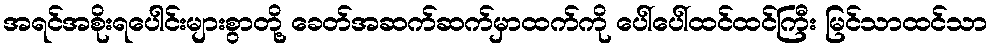
အရင်အစိုးရပေါင်းများစွာတို့ ခေတ်အဆက်ဆက်မှာထက်ကို ပေါ်ပေါ်ထင်ထင်ကြီး မြင်သာထင်သာ